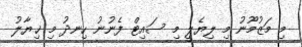
މި މަޒުމޫނު މި ލިޔެލީ މި ސައިޓް ފެނުނު ހިނދު މި ޚިޔާލު